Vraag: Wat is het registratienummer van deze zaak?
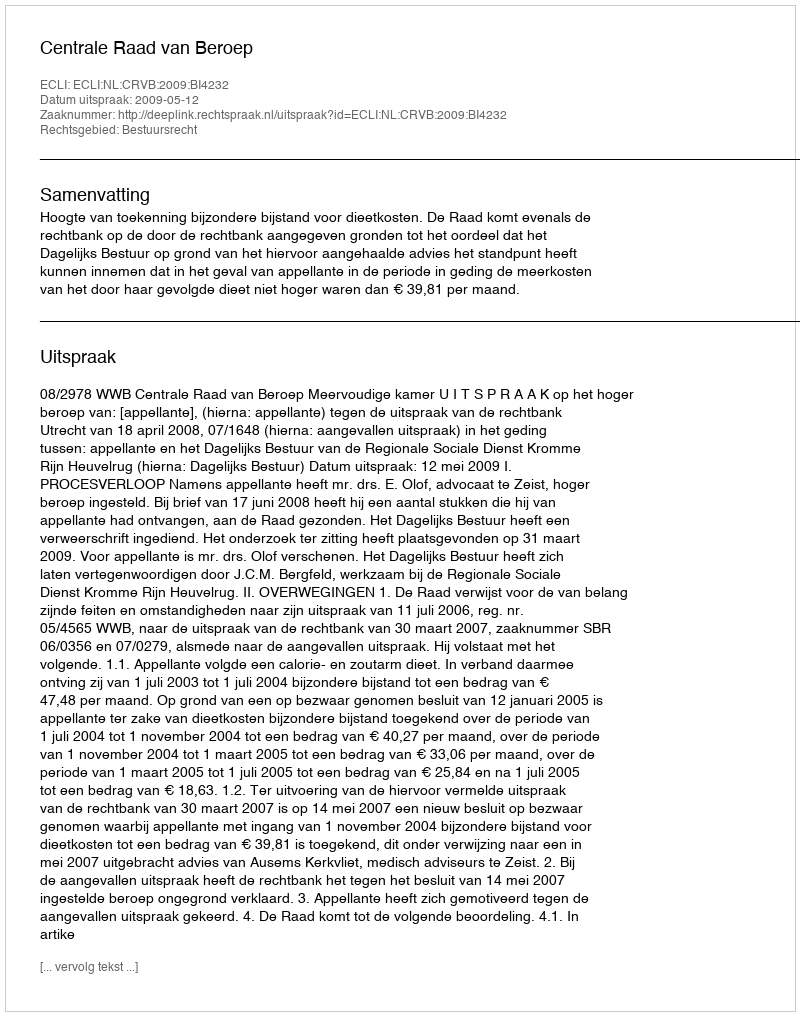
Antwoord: http://deeplink.rechtspraak.nl/uitspraak?id=ECLI:NL:CRVB:2009:BI4232